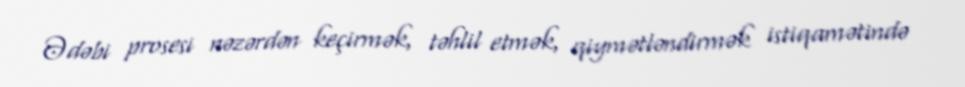
Ədəbi prosesi nəzərdən keçirmək, təhlil etmək, qiymətləndirmək istiqamətində